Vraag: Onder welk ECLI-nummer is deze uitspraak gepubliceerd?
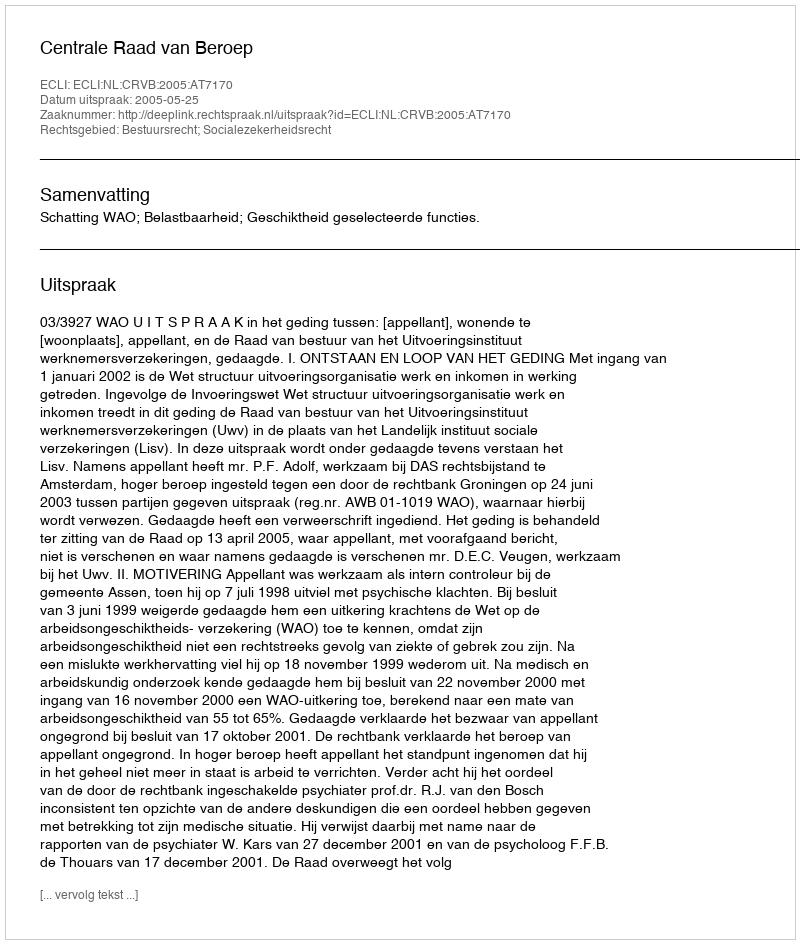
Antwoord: ECLI:NL:CRVB:2005:AT7170